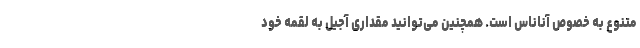
متنوع به خصوص آناناس است. همچنین می‌توانید مقداری آجیل به لقمه خود